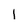
Character: 1